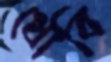
ধোবি